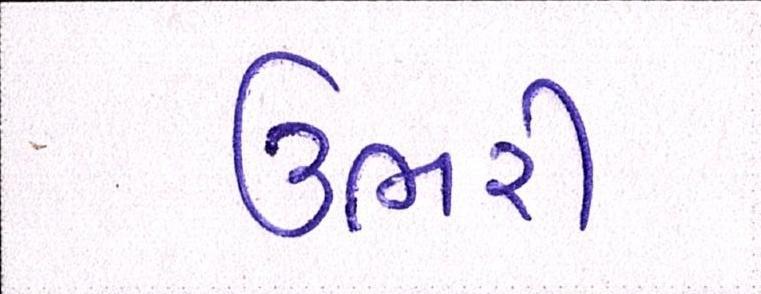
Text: ઉભરી